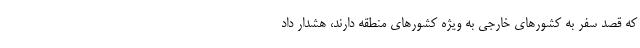
که قصد سفر به کشورهای خارجی به ویژه کشورهای منطقه دارند، هشدار داد